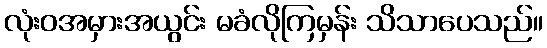
လုံးဝအမှားအယွင်း မခံလိုကြမှန်း သိသာပေသည်။